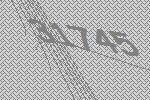
31745